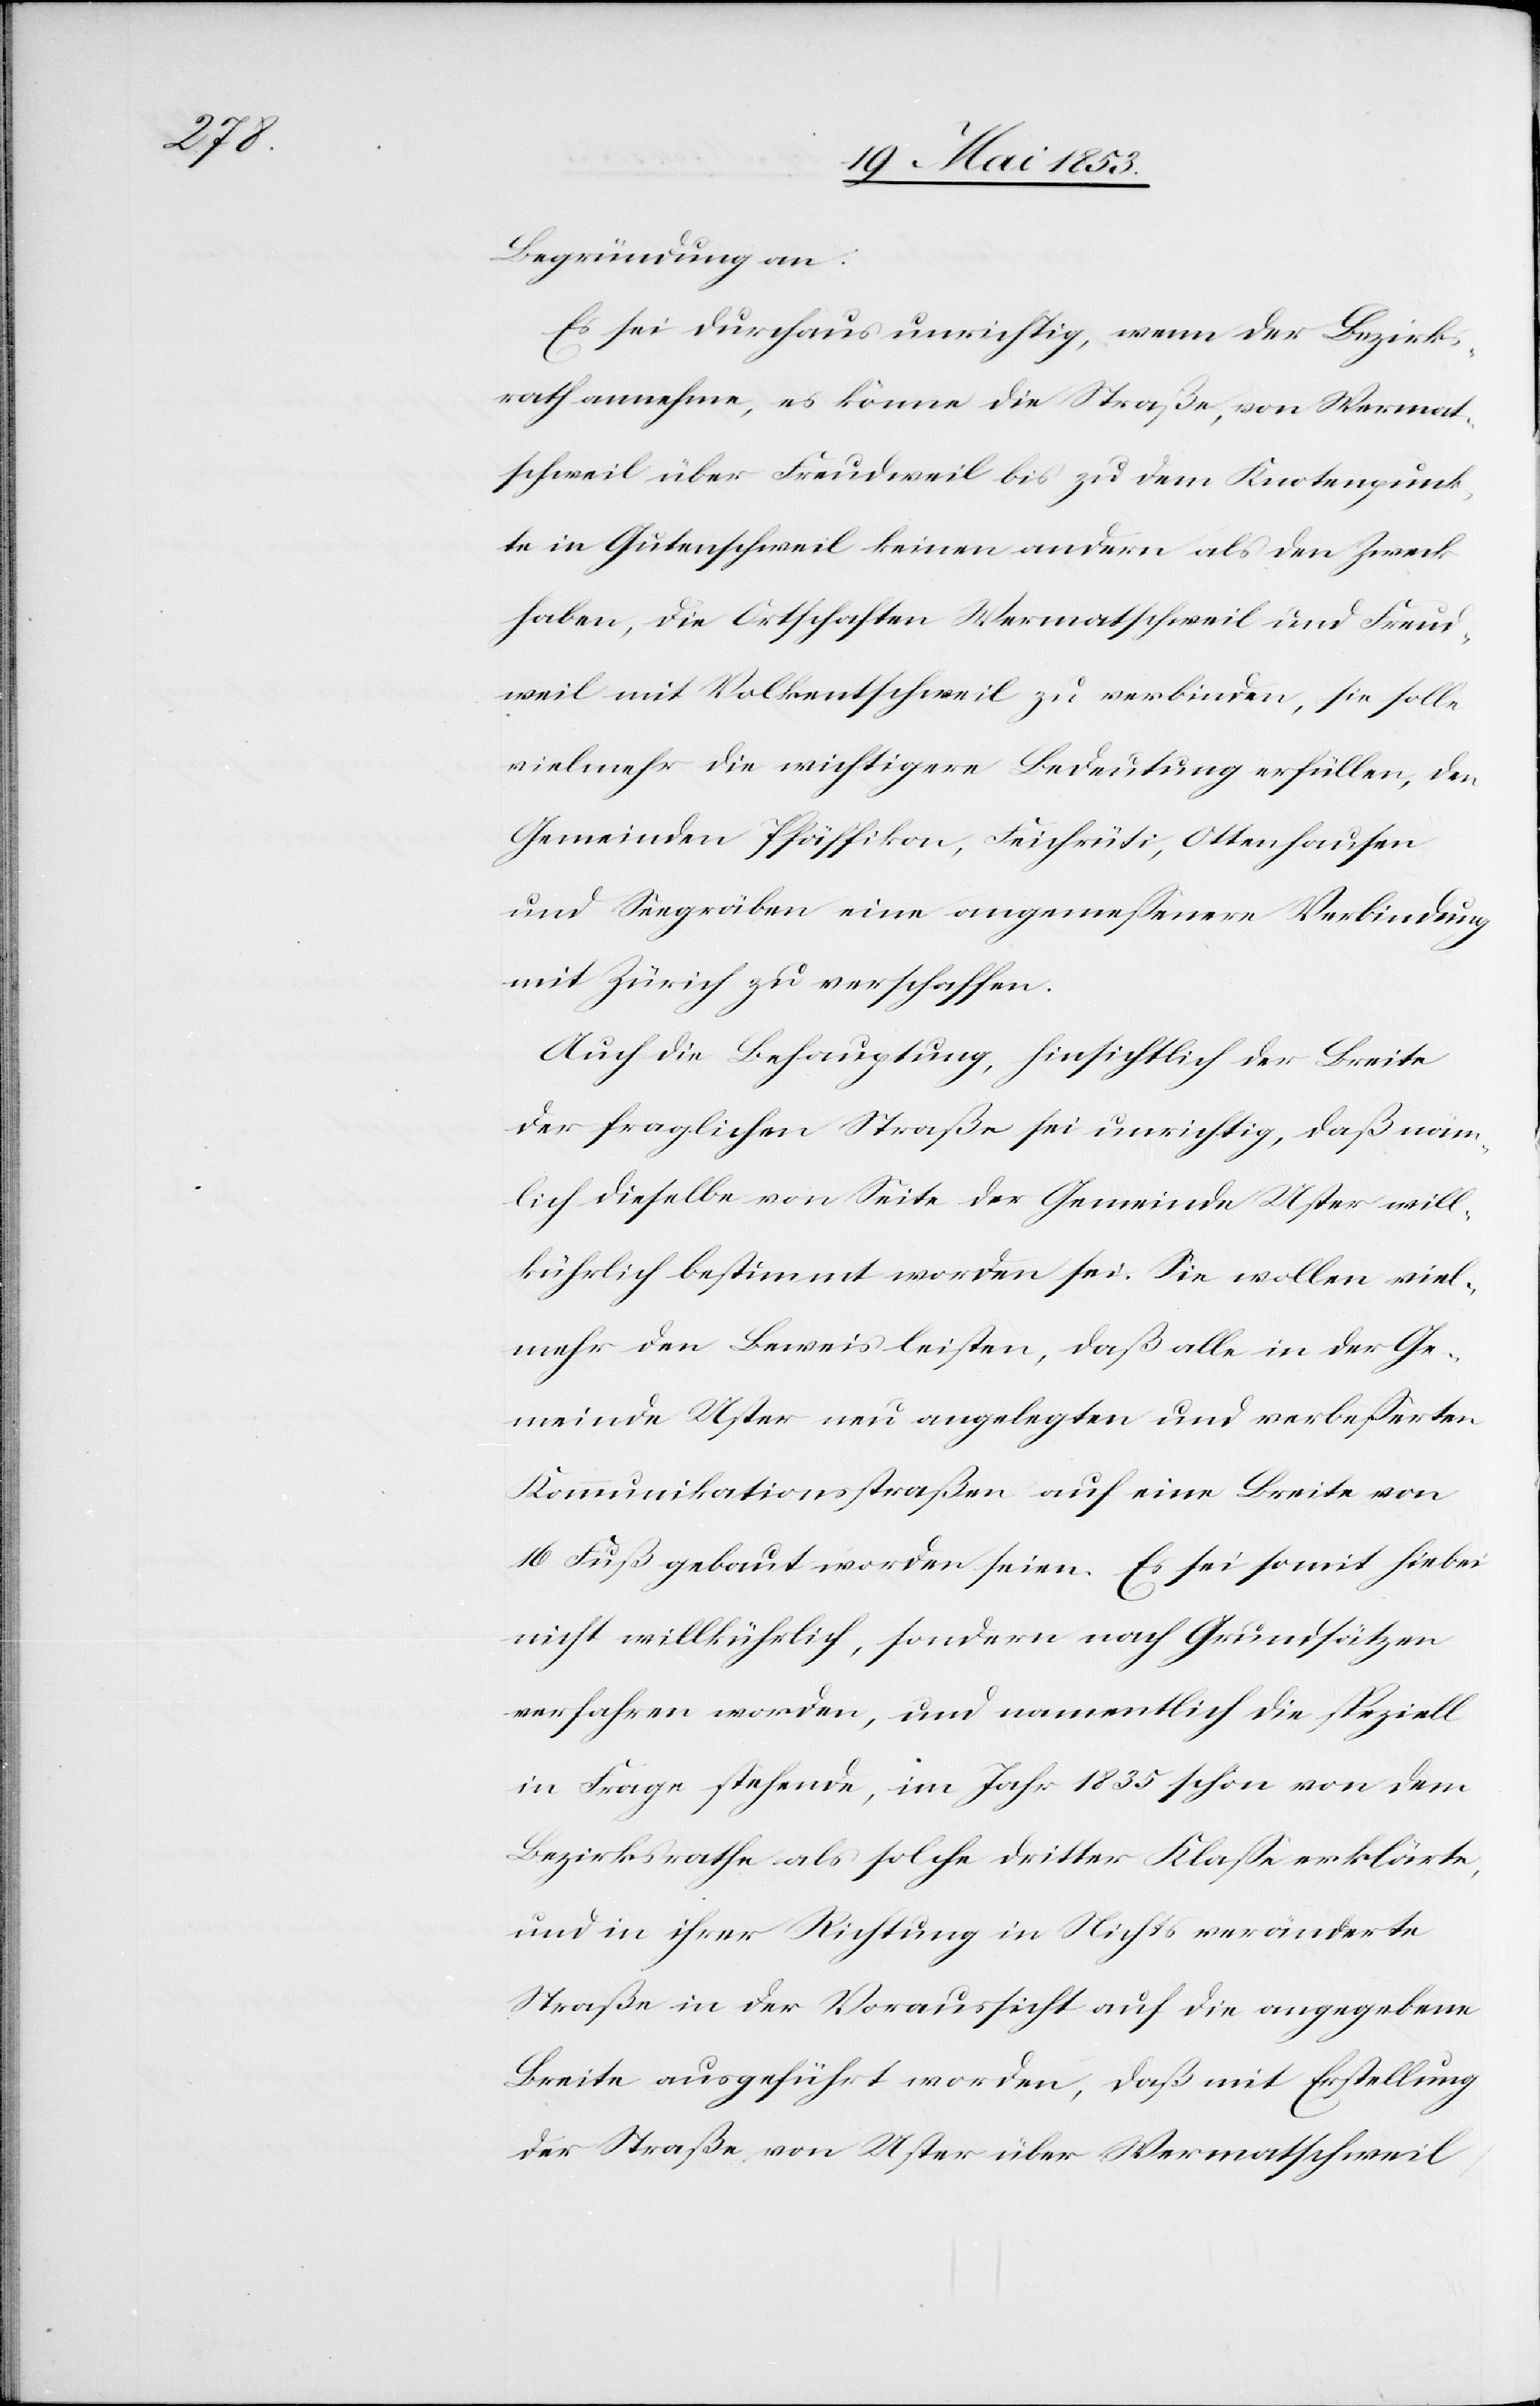
Begründung an:
Es sei durchaus unrichtig, wenn der Bezirks¬
rathe annehme, es könne die Straße, von Wermat¬
schweil über Freudweil bis zu dem Knotenpunk¬
te in Gutenschweil keinen andern als den Zweck
haben, die Ortschaften Wermatschweil und Freud¬
weil mit Volkentschweil zu verbinden, sie solle
vielmehr die wichtigere Bedeutung erfüllen, den
Gemeinden Pfäffikon, Feichrüti, Ottenhausen
und Seegräben eine angemeßene Verbindung
mit Zürich zu verschaffen.
Auch die Behauptung, hinsichtlich der Breite
der fraglichen Straße sei unrichtig, daß näm¬
lich dieselbe von Seite der Gemeinde Uster will¬
kührlich bestimmt worden sei. Sie wollen viel¬
mehr den Beweis leisten, daß alle in der Ge¬
meinde Uster neu angelegten und verbeßerten
Kommunikationsstraßen auf eine Breite von
16 Fuß gebaut worden seien. Es sei somit hiebei
nicht willkührlich, sondern nach Grundsätzen
verfahren worden, und namentlich die speziell
in Frage stehende, im Jahr 1835 schon von dem
Bezirksrathe als solche dritter Klaße erklärte,
und in ihrer Richtung in Nichts veränderte
Straße in der Voraussicht auf die angegebene
Breite ausgeführt worden, daß mit Erstellung
der Straße von Uster über Wermatschweil